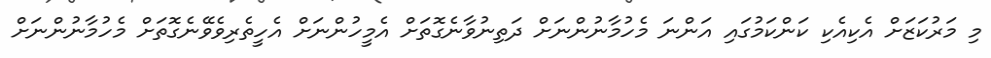
މި މަރުކަޒަށް އެކިއެކި ކަންކަމުގައި އަންނަ މެހުމާނުންނަށް ދަތިނުވާނެގޮތަށް އެމީހުންނަށް އެހީތެރިވެވޭނެގޮތަށް މެހުމާނުންނަށް